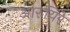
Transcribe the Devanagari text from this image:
आरुयिरे